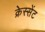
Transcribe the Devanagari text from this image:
क्रेस्सेंट